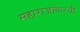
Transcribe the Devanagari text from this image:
महाराजांकरवी